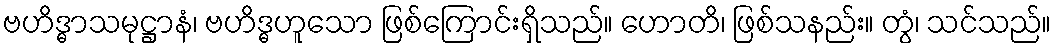
ဗဟိဒ္ဓာသမုဋ္ဌာနံ၊ ဗဟိဒ္ဓဟူသော ဖြစ်ကြောင်းရှိသည်။ ဟောတိ၊ ဖြစ်သနည်း။ တွံ၊ သင်သည်။